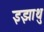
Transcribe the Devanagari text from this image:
इझाथु